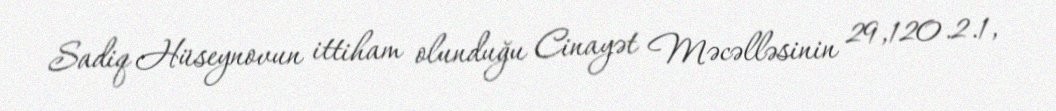
Sadiq Hüseynovun ittiham olunduğu Cinayət Məcəlləsinin 29,120.2.1,